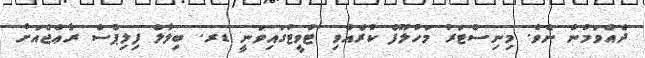
ދެއްވަމުން ނެވެ. މިނިސްޓަރު މަހުލޫފް ކުރެއްވި ޓުވީޓުގައިވަނީ ޑރ. ބިލާލް ފިލިޕްސް ރާޢްޖެއަށް